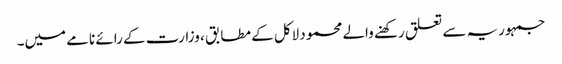
جمہوریہ سے تعلق رکھنے والے محمود لاکل کے مطابق ، وزارت کے رائے نامے میں۔